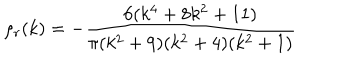
LaTeX: \rho _ { r } ( k ) = - { \frac { 6 ( k ^ { 4 } + 8 k ^ { 2 } + 1 1 ) } { \pi ( k ^ { 2 } + 9 ) ( k ^ { 2 } + 4 ) ( k ^ { 2 } + 1 ) } }